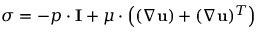
{ \boldsymbol { \sigma } } = - p \cdot \mathbf { I } + \mu \cdot \left( ( \nabla \mathbf { u } ) + ( \nabla \mathbf { u } ) ^ { T } \right)